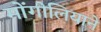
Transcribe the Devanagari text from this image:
मोंगोलियाने